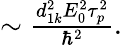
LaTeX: \begin{array}{r}{\sim\frac{d_{1k}^{2}E_{0}^{2}\tau_{p}^{2}}{\hbar^{2}}.}\end{array}